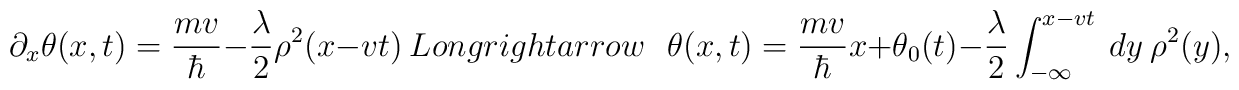
\partial_x\theta(x,t)=\frac{m v}{\hbar}-{\lambda\over 2}\rho^2(x-v t)\ \ \\Longrightarrow\ \ \ \theta(x,t)=\frac{ m v}{\hbar}x+\theta_0(t)-{\lambda\over 2}\int^{x- v t}_{-\infty}~dy~\rho^2(y),